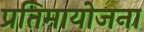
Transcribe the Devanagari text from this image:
प्रतिमायोजना